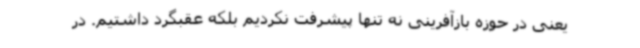
یعنی در حوزه بازآفرینی نه تنها پیشرفت نکردیم بلکه عقبگرد داشتیم. در